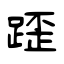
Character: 𨂿